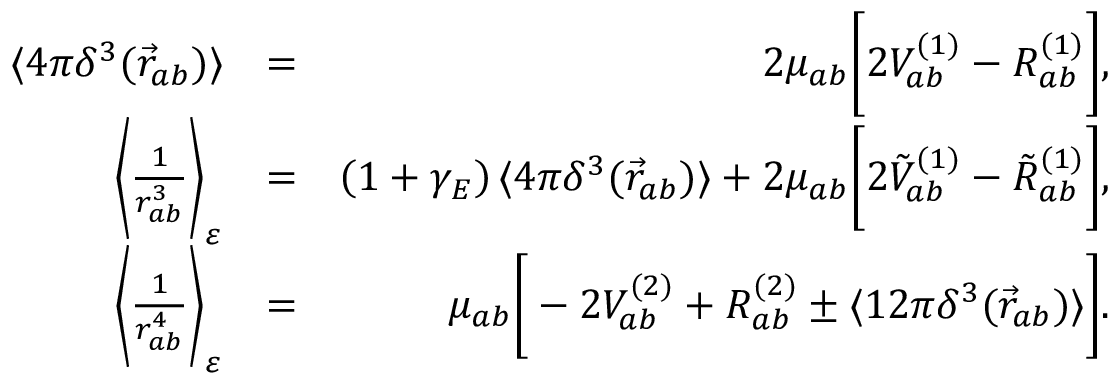
\begin{array} { r l r } { \langle 4 \pi \delta ^ { 3 } ( \vec { r } _ { a b } ) \rangle } & { = } & { 2 \mu _ { a b } \bigg [ 2 V _ { a b } ^ { ( 1 ) } - R _ { a b } ^ { ( 1 ) } \bigg ] , } \\ { \bigg \langle \frac { 1 } { r _ { a b } ^ { 3 } } \bigg \rangle _ { \varepsilon } } & { = } & { \left( 1 + \gamma _ { E } \right) \langle 4 \pi \delta ^ { 3 } ( \vec { r } _ { a b } ) \rangle + 2 \mu _ { a b } \bigg [ 2 \tilde { V } _ { a b } ^ { ( 1 ) } - \tilde { R } _ { a b } ^ { ( 1 ) } \bigg ] , } \\ { \bigg \langle \frac { 1 } { r _ { a b } ^ { 4 } } \bigg \rangle _ { \varepsilon } } & { = } & { \mu _ { a b } \bigg [ - 2 { V } _ { a b } ^ { ( 2 ) } + { R } _ { a b } ^ { ( 2 ) } \pm \langle 1 2 \pi \delta ^ { 3 } ( \vec { r } _ { a b } ) \rangle \bigg ] . } \end{array}